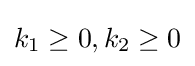
k_{1}\geq 0,k_{2}\geq 0